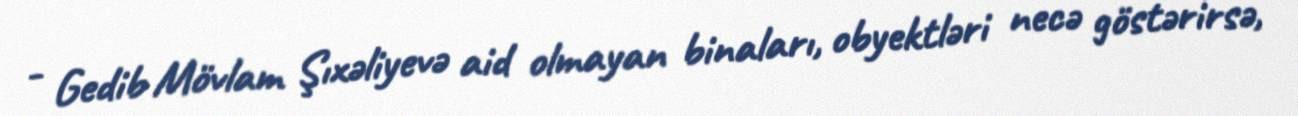
- Gedib Mövlam Şıxəliyevə aid olmayan binaları, obyektləri necə göstərirsə,